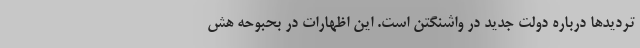
تردیدها درباره دولت جدید در واشنگتن است. این اظهارات در بحبوحه هش